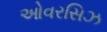
ઓવરસિઝ